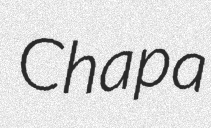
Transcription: Chapa